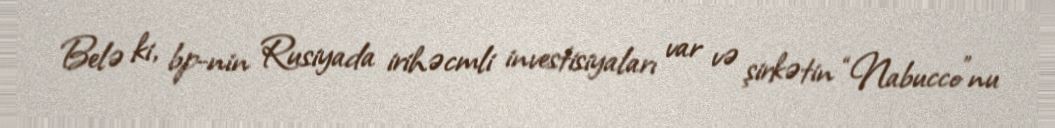
Belə ki, bp-nin Rusiyada irihəcmli investisiyaları var və şirkətin “Nabucco”nu